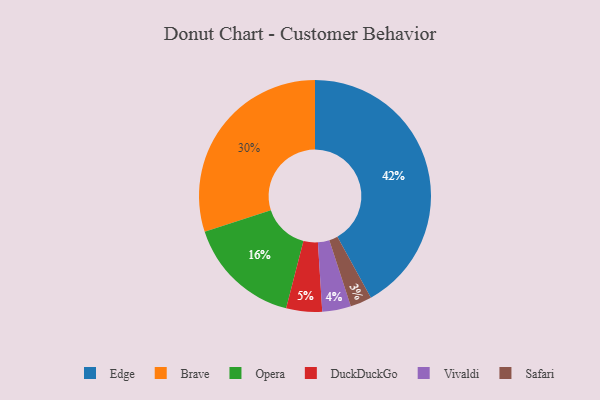
{"axis": {"x": "Category", "y": "Percentage"}, "legend": ["Brave", "DuckDuckGo", "Edge", "Opera", "Safari", "Vivaldi"], "data": [{"x": "Brave", "y": 30, "type": "Brave"}, {"x": "Safari", "y": 3, "type": "Safari"}, {"x": "Vivaldi", "y": 4, "type": "Vivaldi"}, {"x": "Edge", "y": 42, "type": "Edge"}, {"x": "Opera", "y": 16, "type": "Opera"}, {"x": "DuckDuckGo", "y": 5, "type": "DuckDuckGo"}]}